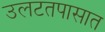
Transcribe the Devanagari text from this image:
उलटतपासात